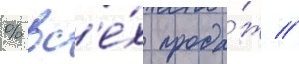
% вс'е́х прода́ж //